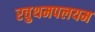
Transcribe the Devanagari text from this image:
रवुथमपलयम